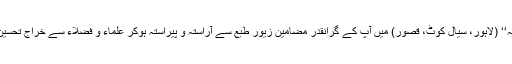
ماہنامہ ’’انوار الصوفیہ‘‘ (لاہور، سیال کوٹ، قصور) میں آپ کے گرانقدر مضامین زیور طبع سے آراستہ و پیراستہ ہوکر علماء و فضلاء سے خراجِ تحسین حاصل کرتے رہے۔